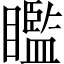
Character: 𥌈